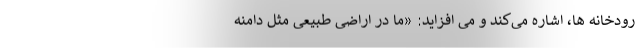
رودخانه ها، اشاره می‌کند و می افزاید: «ما در اراضی طبیعی مثل دامنه